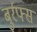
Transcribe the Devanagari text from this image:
बुर्रफ्स